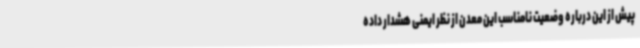
پیش از این درباره وضعیت نامناسب این معدن از نظر ایمنی هشدار داده